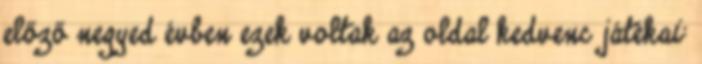
előző negyed évben ezek voltak az oldal kedvenc játékai: